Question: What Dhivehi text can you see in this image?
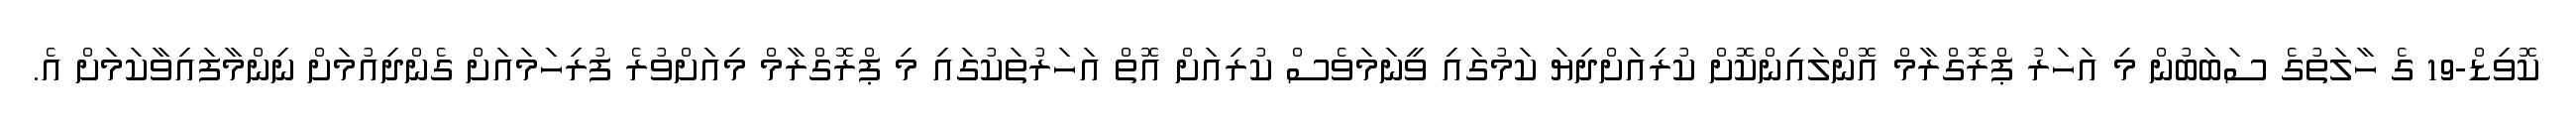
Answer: ކޮވިޑް-19 ގެ ހާލަތުގެ ސަބަބުން މި އަހަރު ޕްރޮގްރާމް އޮންލައިންކޮށް ކުރިއަށްދިޔަ ކަމުގައި ވީނަމަވެސް ކުރިއަށް އޮތް އަހަރުތަކުގައި މި ޕްރޮގްރާމް މިއަށްވުރެ ފުރިހަމައަށް ގެންދިއުމަށް ނިންމާފައިވާކަމަށް އެ.